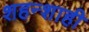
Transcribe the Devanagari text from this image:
शहन्शाही